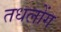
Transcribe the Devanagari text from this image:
तधलोंग